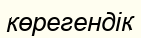
көрегендік